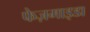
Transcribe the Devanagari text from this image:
फेज़माइडा